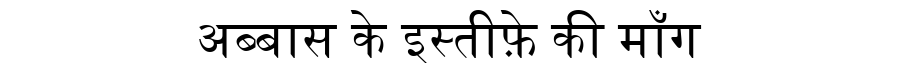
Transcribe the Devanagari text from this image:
अब्बास के इस्तीफ़े की माँग